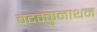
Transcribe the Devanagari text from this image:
वदक्कुनाथन